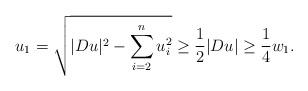
LaTeX: \begin{align*}u_1 = \sqrt{|D u|^2 - \sum_{i=2}^n u_i^2} \geq \frac{1}{2} |D u| \geq \frac{1}{4} w_1.\end{align*}